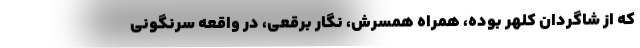
که از شاگردان کلهر بوده، همراه همسرش، نگار برقعی، در واقعه سرنگونی